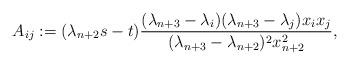
LaTeX: \begin{align*}A_{ij}:=(\lambda_{n+2}s-t)\frac{(\lambda_{n+3}-\lambda_i)(\lambda_{n+3}-\lambda_j)x_ix_j}{(\lambda_{n+3}-\lambda_{n+2})^2x_{n+2}^2},\end{align*}